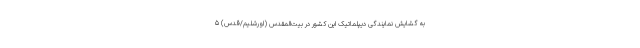
به گشایش نمایندگی دیپلماتیک این کشور در بیت‌المقدس (اورشلیم/قدس) ۵